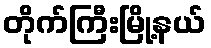
တိုက်ကြီးမြို့နယ်